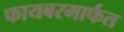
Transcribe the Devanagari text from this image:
फायबरमार्फत